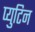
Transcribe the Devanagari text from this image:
प्युटिन